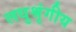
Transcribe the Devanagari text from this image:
लधुश्रृंगीय